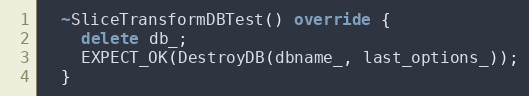
Language: C++
  ~SliceTransformDBTest() override {
    delete db_;
    EXPECT_OK(DestroyDB(dbname_, last_options_));
  }